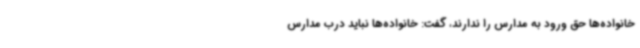
خانواده‌ها حق ورود به مدارس را ندارند، گفت: خانواده‌ها نباید درب مدارس